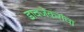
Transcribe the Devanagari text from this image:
डावजेकरांचा